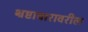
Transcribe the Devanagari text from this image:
भ्रष्टाचारावरील